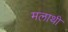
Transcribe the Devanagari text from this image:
मलाथी